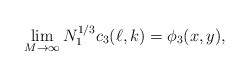
\begin{align*}\lim_{M\to\infty} N_1^{1/3}c_3(\ell,k)=\phi_3(x,y),\end{align*}